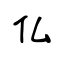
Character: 仏